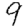
Digit: 9